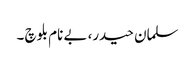
سلمان حیدر، بے نام بلوچ ۔